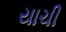
યાચી